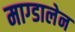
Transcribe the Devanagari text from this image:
माग्डालेन